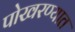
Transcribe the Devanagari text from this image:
पोखरण्यात